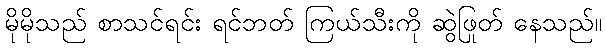
မိုမိုသည် စာသင်ရင်း ရင်ဘတ် ကြယ်သီးကို ဆွဲဖြုတ် နေသည်။